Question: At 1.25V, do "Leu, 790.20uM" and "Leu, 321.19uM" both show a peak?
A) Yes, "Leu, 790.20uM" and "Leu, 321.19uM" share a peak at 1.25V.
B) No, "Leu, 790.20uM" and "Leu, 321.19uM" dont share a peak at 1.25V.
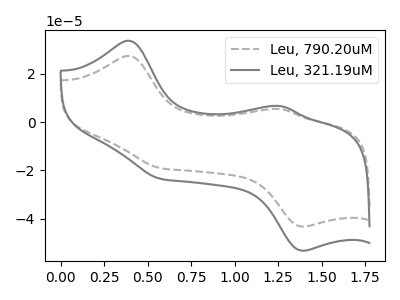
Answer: <think>The gray dashed curve "Leu, 790.20uM" has anodic peaks at (0.40V, 27.35uA) (1.25V, 5.40uA) and cathodic peaks at (0.60V, -19.15uA) (1.40V, -43.35uA). The gray curve "Leu, 321.19uM" has anodic peaks at (0.40V, 33.70uA) (1.25V, 6.65uA) and cathodic peaks at (0.60V, -23.55uA) (1.40V, -53.35uA).</think>
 <answer>B) No, "Leu, 790.20uM" and "Leu, 321.19uM" dont share a peak at 1.25V.</answer>
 <eval>B</eval>